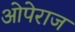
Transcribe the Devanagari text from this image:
ओपेराज